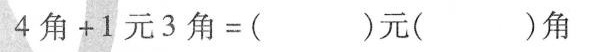
$$4 角 + 1 元 3 角 = ( ) 元 ( ) 角$$